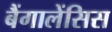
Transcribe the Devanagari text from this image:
बैंगालेंसिस